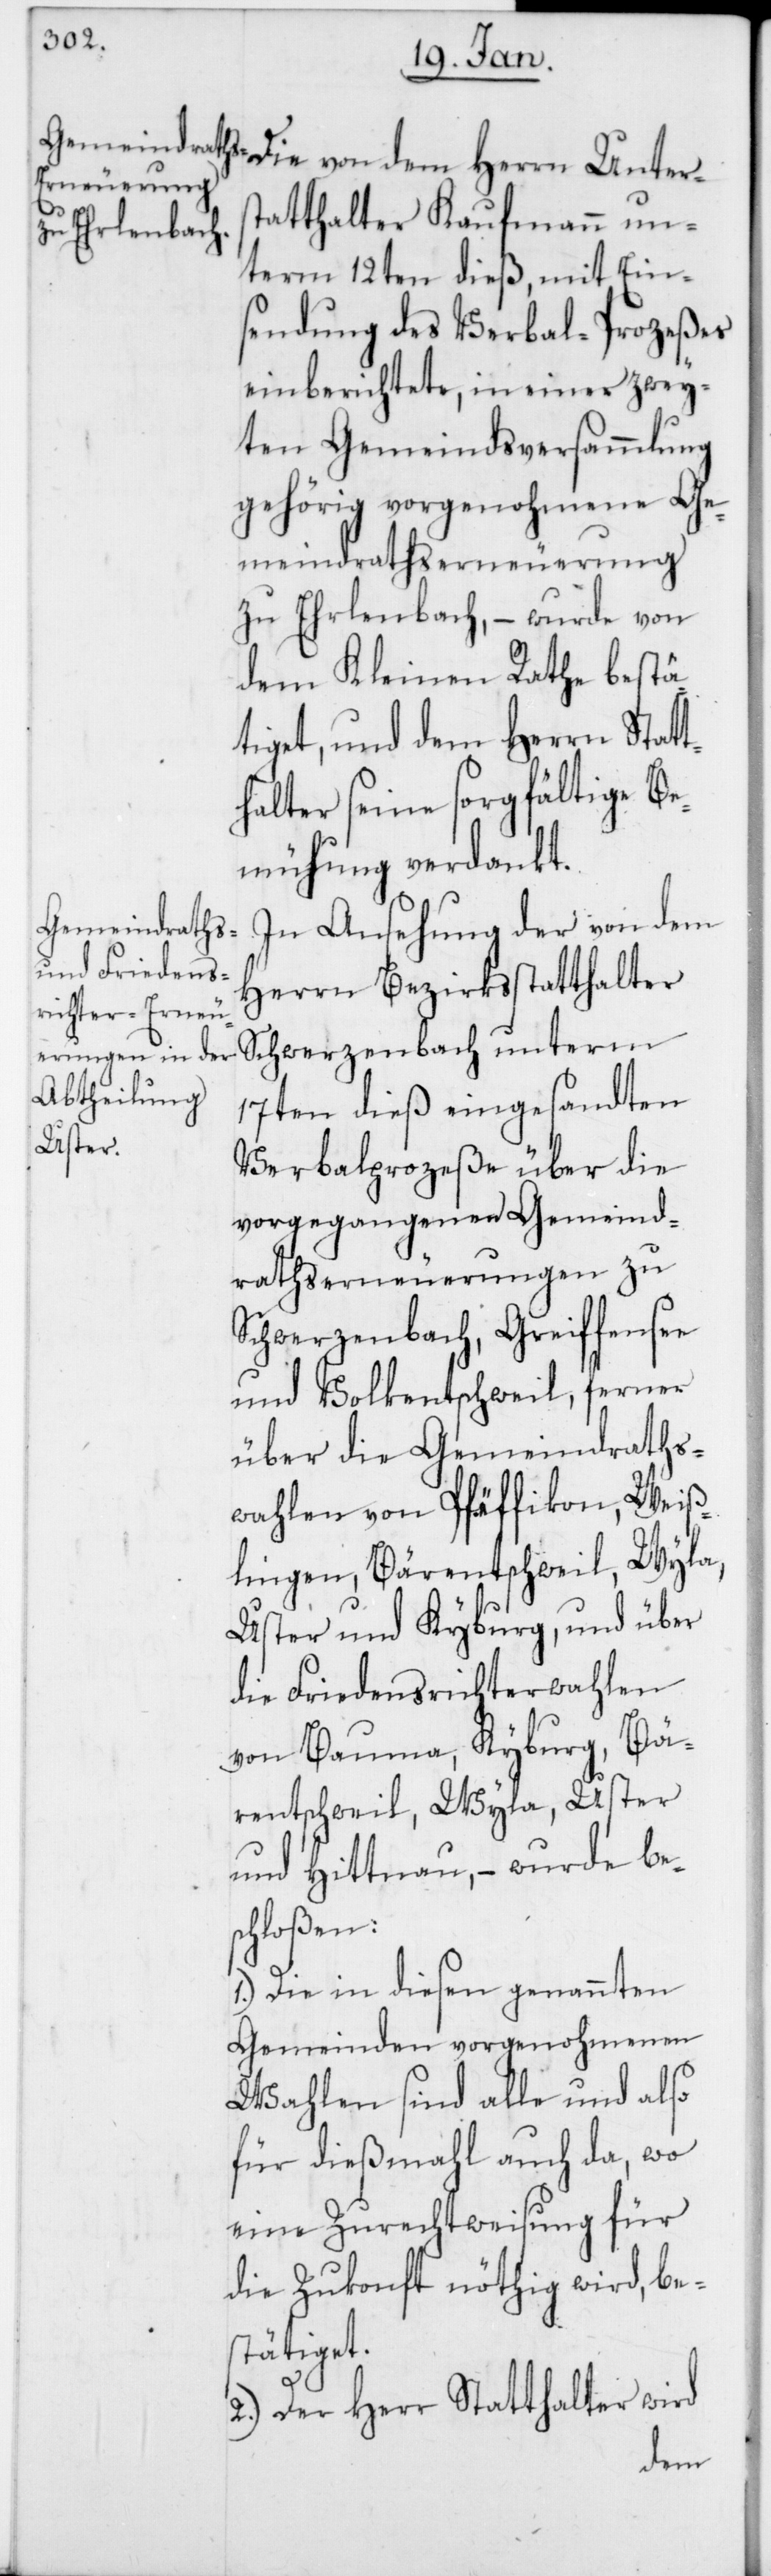
tatthalter Kaufmann un¬
term 12ten dieß, mit Ein¬
sendung des Verbal-Prozeßes
einberichtete, in einer zwey¬
ten Gemeindsversammlung
gehörig vorgenohmene Ge¬
meindrathserneuerung
zu Erlenbach, – wurde von
dem Kleinen Rathe bestä¬
tiget, und dem Herrn Statt¬
halter seine sorgfältige Be¬
mühung verdankt.
In Ansehung der von dem
Herrn Bezirksstatthalter
Schwerzenbach unterm
17ten dieß eingesandten
Unters¬
Verbalprozeße über die
vorgegangenen Gemeind¬
rathserneuerungen zu
Schwerzenbach, Greiffensee
und Volketschweil, ferner
über die Gemeindraths¬
wahlen von Pfäffikon, Weiß¬
lingen, Bärentschweil, Wyla,
Uster und Kyburg, und über
die Friedensrichterwahlen
von Bauma, Kyburg, Bä¬
rentschweil, Wyla, Uster
und Hittnau, – wurde be¬
schloßen:
1.) Die in diesen genannten
Gemeinden vorgenohmenen
Wahlen sind alle und also
für dießmahl auch da, wo
eine Zurechtweisung für
die Zukonft nöthig wird, be¬
stätiget.
2.) Der Herr Statthalter wird
dem